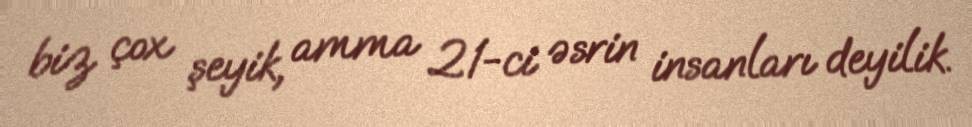
biz çox şeyik, amma 21-ci əsrin insanları deyilik.